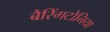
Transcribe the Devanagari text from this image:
बैरिंगटोनिया